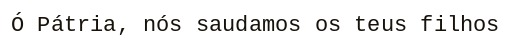
Ó Pátria, nós saudamos os teus filhos